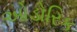
ઓડોરિક